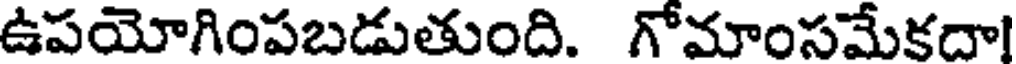
ఉపయోగింపబడుతుంది. గోమాంసమేకదా!